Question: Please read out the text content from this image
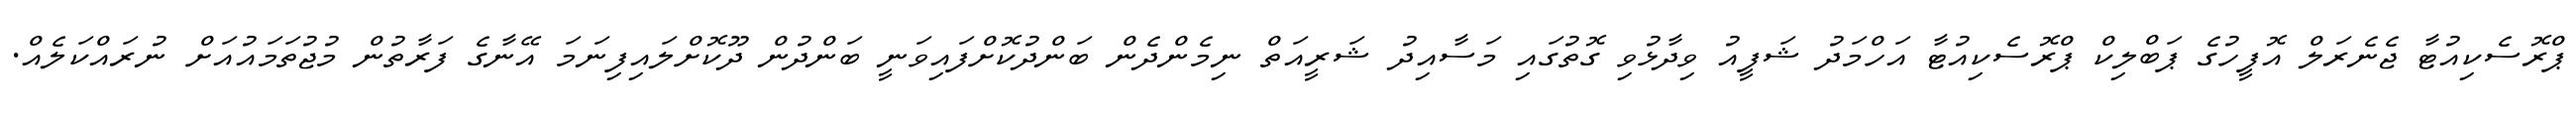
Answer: ޕްރޮސެކިއުޓާ ޖެނެރަލް އޮފީހުގެ ޕަބްލިކް ޕްރޮސެކިއުޓާ އަހްމަދު ޝަފީއު ވިދާޅުވި ގޮތުގައި މަސާއިދު ޝަރީއަތް ނިމެންދެން ބަންދުކޮށްފައިވަނީ ބަންދުން ދޫކޮށްލައިފިނަމަ އޭނާގެ ފަރާތުން މުޖުތަމައުއަށް ނުރައްކަލެއް.